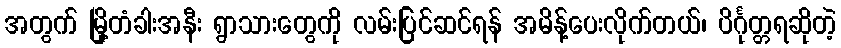
အတွက် မြို့တံခါးအနီး ရွာသားတွေကို လမ်းပြင်ဆင်ရန် အမိန့်ပေးလိုက်တယ်၊ ပိင်္ဂုတ္တရဆိုတဲ့